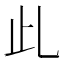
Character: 𣥃